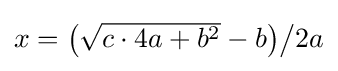
\textstyle x={\bigl (}{\sqrt {c\cdot 4a+b^{2}}}-b{\bigr )}{\big /}2a